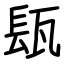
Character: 瓺